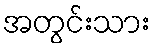
အတွင်းသား